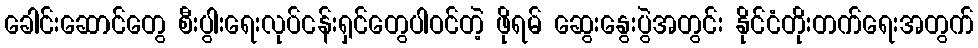
ခေါင်းဆောင်တွေ စီးပွါးရေးလုပ်ငန်းရှင်တွေပါဝင်တဲ့ ဖိုရမ် ဆွေးနွေးပွဲအတွင်း နိုင်ငံတိုးတက်ရေးအတွက်